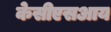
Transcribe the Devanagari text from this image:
केसीएसआय